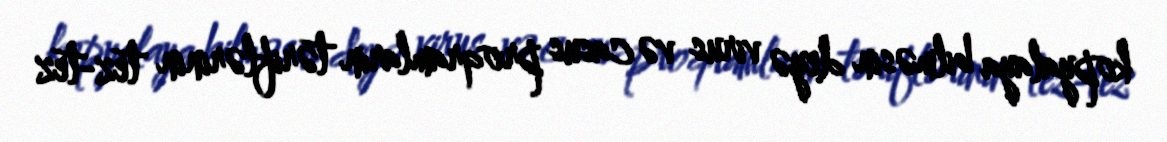
kopyalaya bilməsin deyə virus və casus proqramların təriflərinin tez-tez